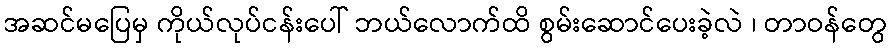
အဆင်မပြေမှ ကိုယ်လုပ်ငန်းပေါ် ဘယ်လောက်ထိ စွမ်းဆောင်ပေးခဲ့လဲ ၊ တာဝန်တွေ